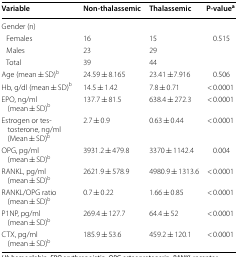
| Variable | Non-thalassemic | Thalassemic | P-valuea |
 | --- | --- | --- | --- |
 | <COLSPAN=4> Gender (n) |
 | Females | 16 | 15 | <ROWSPAN=3> 0.515 |
 | Males | 23 | 29 |
 | Total | 39 | 44 |
 | Age (mean ± SD)b | 24.59 ± 8.165 | 23.41 ±7.916 | 0.506 |
 | Hb, g/dl (mean ± SD)b | 14.5 ± 1.42 | 7.8 ± 0.71 | < 0.0001 |
 | EPO, ng/ml (mean ± SD)b | 137.7 ± 81.5 | 638.4 ± 272.3 | < 0.0001 |
 | Estrogen or testosterone, ng/ml (Mean ± SD)b | 2.7 ± 0.9 | 0.63 ± 0.44 | < 0.0001 |
 | OPG, pg/ml (mean ± SD)b | 3931.2 ± 479.8 | 3370 ± 1142.4 | 0.004 |
 | RANKL, pg/ml (mean ± SD)b | 2621.9 ± 578.9 | 4980.9 ± 1313.6 | < 0.0001 |
 | RANKL/OPG ratio (mean ± SD)b | 0.7 ± 0.22 | 1.66 ± 0.85 | < 0.0001 |
 | P1NP, pg/ml (mean ± SD)b | 269.4 ± 127.7 | 64.4 ± 52 | < 0.0001 |
 | CTX, pg/ml (mean ± SD)b | 185.9 ± 53.6 | 459.2 ± 120.1 | < 0.0001 |